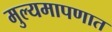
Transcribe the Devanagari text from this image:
मुल्यमापणात